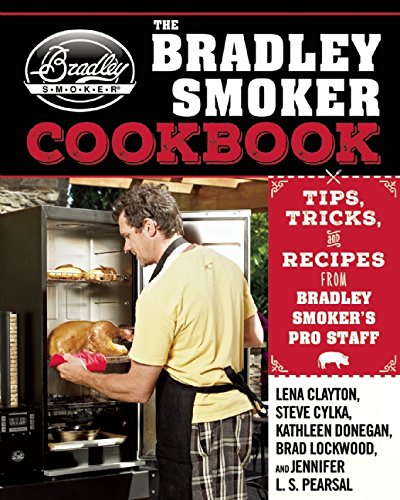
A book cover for The Bradley Smoker Cookbook: Tips, Tricks, and Recipes from Bradley SmokerEEs Pro Staff; Lena Clayton; Cookbooks, Food & Wine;